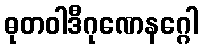
ဓုတဝါဒီဂုဏေနဂ္ဂေါ